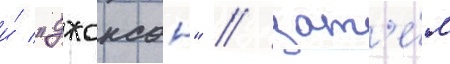
и́ "джонсон" / зат'е́м